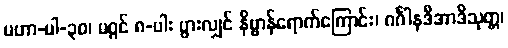
မဟာ-ပါ-၃၀၊ မဂ္ဂင် ၈-ပါး ပွားလျှင် နိဗ္ဗာန်ရောက်ကြောင်း၊ ဂင်္ဂါနဒီအာဒိသုတ္တ၊